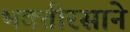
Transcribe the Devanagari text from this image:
भक्तीरसाने